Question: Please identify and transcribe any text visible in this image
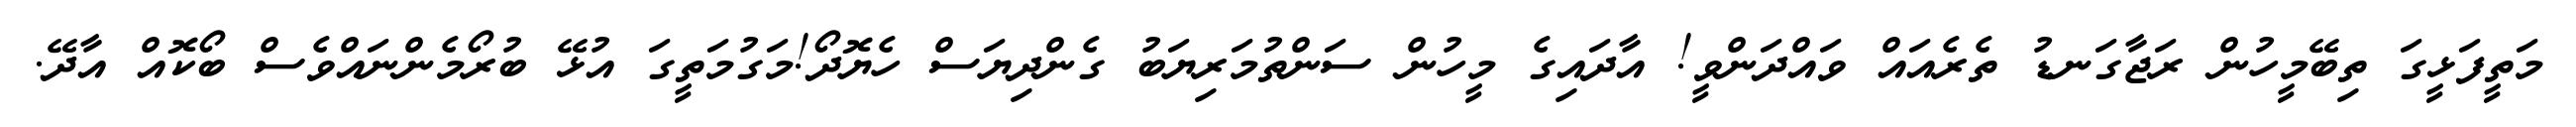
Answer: މަތީފަޅީގަ ތިބޭމީހުން ރަޖާގަނޑު ތެރެއައް ވައްދަންވީ! އާދައިގެ މީހުން ސަންތުމަރިޔަބު ގެންދިޔަސް ހެޔޮދޯ!މަގުމަތީގަ އުޅޭ ބުރޯމެންނައްވެސް ބޯކޮއް އާދޭ.